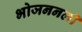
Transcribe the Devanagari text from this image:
भोजननली